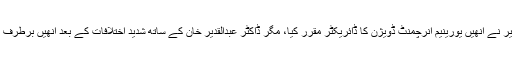
بھارت کے ایٹمی دھماکوں کے بعد ڈاکٹر منیر نے انھیں یورینیم انرچمنٹ ڈویژن کا ڈائریکٹر مقرر کیا، مگر ڈاکٹر عبدالقدیر خان کے ساتھ شدید اختلافات کے بعد انھیں برطرف کرکے دوبارہ کینپ پاور پلانٹ بھیج دیا گیا۔